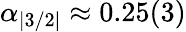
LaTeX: \alpha_{|3/2|}\approx 0.25(3)